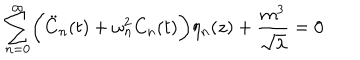
\sum _ { n = 0 } ^ { \infty } \biggl ( { \ddot { C } } _ { n } ( t ) + \omega _ { n } ^ { 2 } C _ { n } ( t ) \biggr ) \eta _ { n } ( z ) + \frac { m ^ { 3 } } { \sqrt \lambda } = 0